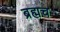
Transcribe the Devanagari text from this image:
ब्रह्मच